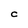
Character: c